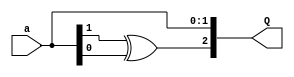
/////////////////////////////////////////////////////////////////////////////////
//
// Original Author: David Canright
// Adapted by:
// 
// Module Name: fac_2
// Project Name: aes_sboxes
// Description: Sums for shared factors, 2-bit -> 3.
//              Adapted from D. Canright's Very Compact S-Box.
// 
// Dependencies: None. 
// 
// Additional Comments: None.
// 
//////////////////////////////////////////////////////////////////////////////////

module fac_2 (
        input   wire    [1:0]   a,
        output  wire    [2:0]   Q
    );
    
    wire   sa;
    assign sa = a[1] ^ a[0];
    assign Q = { sa, a };

endmodule // fac_2